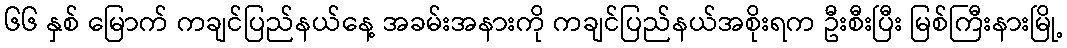
၆၆ နှစ် မြောက် ကချင်ပြည်နယ်နေ့ အခမ်းအနားကို ကချင်ပြည်နယ်အစိုးရက ဦးစီးပြီး မြစ်ကြီးနားမြို့